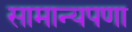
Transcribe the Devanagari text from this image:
सामान्यपणा